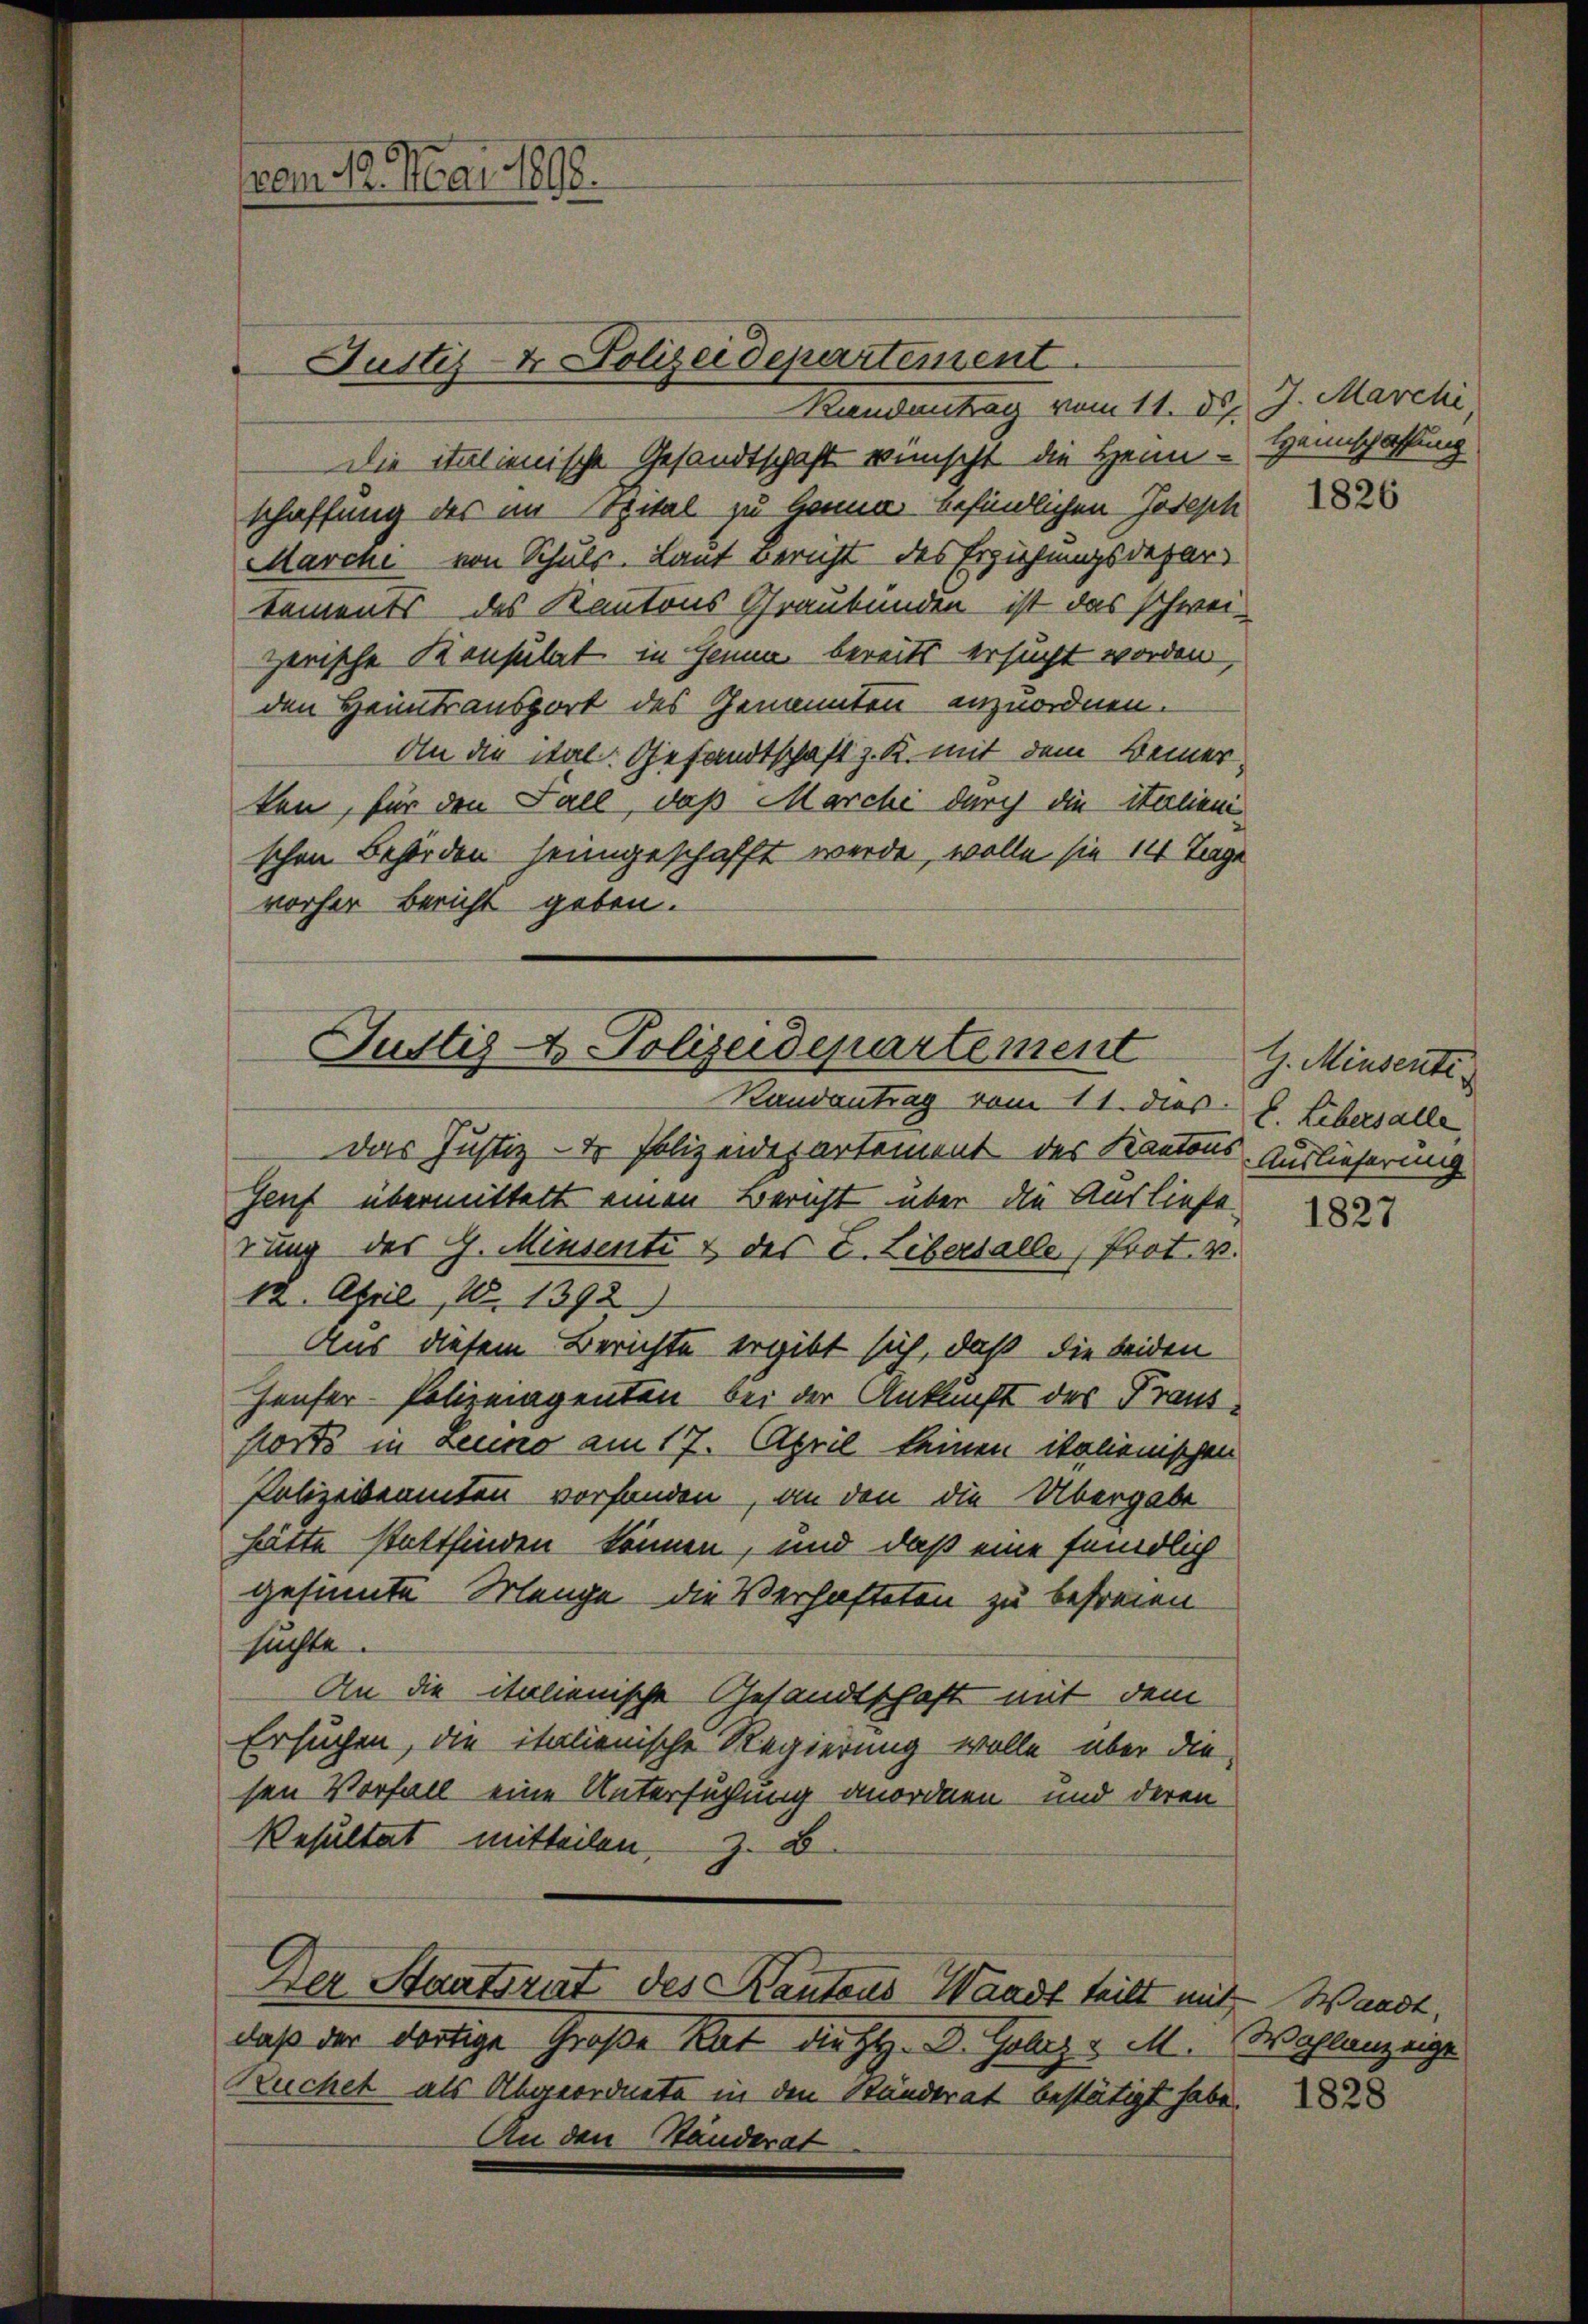
vom 12. Mai 1898.

Justiz- & Polizeidepartement.

Randantrag vom 11. d. J. Marchi
Die italienische Gesandtschaft wünscht die Heim - Hannschaffung
schaffung der im Spital zu Hamm befindlichen Joseph
Marche von Schuls. Laut Bericht des Erziehungsdepartements des Kantons Graubünden ist das schweizerische Konsulat in Genua bereits ersucht worden.
den Heimtransport des Genannten anzuordnen.
Ain die ital. Gesandtschaft z. R. mit dem Beiner
ten, für den Fall, daß Marche durch die italieni
schen Behörden heimgeschafft werde, wolle sie 14 Tage
vorher Bericht geben.

Justiz- & Polizeidepartement
Randantrag vom 11. dies. v. Libersalle,

Das Justiz- & Polizeidepartement des Kantons-Auslieferung
Geuf übermittelt einen Bericht über die Ausliefe
rung des G. Minsenti & des E. Libersalle, Prot. v.
12. April 18. 1392)
Aus diesem Berichte ergibt sich, daß die beiden
Häuser Polizeiagenten bei der Ankunft des Franzptorte in Leuno am 17. April keinen italienischen
Polizeibeamten vorfanden, an den die Übergabe
hätte stattfinden können, und daß eine feindlich
gesinnte Menge die Verhafteten zu befreien
suchte.
An die italienische Gesandtschaft mit dem
Ersuchen, die italienische Regierung wolle über die
sen Vorfall eine Untersuchung anordnen und deren
Resultat mitteilen. Z. B.
Der Staatsrat des Kantons Waadt teilt mit
daß der dortige Große Rat die H. D. Golez v M. Wahlanzeige
Kuchel als Abgeordnete in den Ständerat bestätigt habe.
An den Ständerat

1826

G. Minsenti

1827

Waadt,

1828